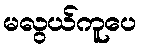
မလွယ်ကူပေ